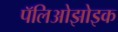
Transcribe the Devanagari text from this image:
पॅलिओझोइक